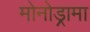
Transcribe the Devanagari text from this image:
मोनोड्रामा